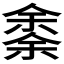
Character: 𠎳